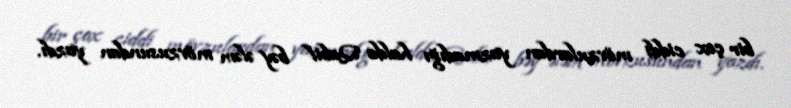
bir çox ciddi mövzulardan yazmadığı halda Qabil bəy ələm mövzusundan yazdı.